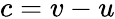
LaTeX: c=v-u